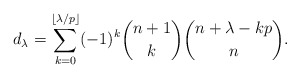
\begin{align*}d_{\lambda} = \sum_{k = 0}^{\lfloor \lambda/p \rfloor}(-1)^{k}\binom{n+1}{k}\binom{n+\lambda-kp}{n}.\end{align*}